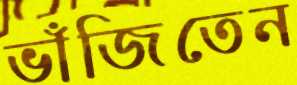
ভাঁজিতেন